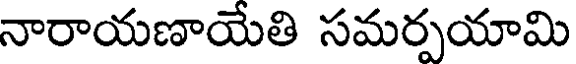
నారాయణాయేతి సమర్పయామి